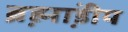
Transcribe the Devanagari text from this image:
ब्रह्म़ा़ंडीय